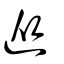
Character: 从